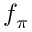
f _ { \pi }